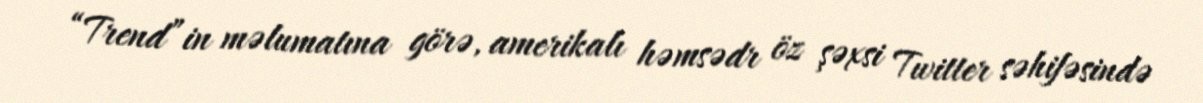
“Trend”in məlumatına görə, amerikalı həmsədr öz şəxsi Twitter səhifəsində